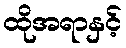
ထိုအရာနှင့်